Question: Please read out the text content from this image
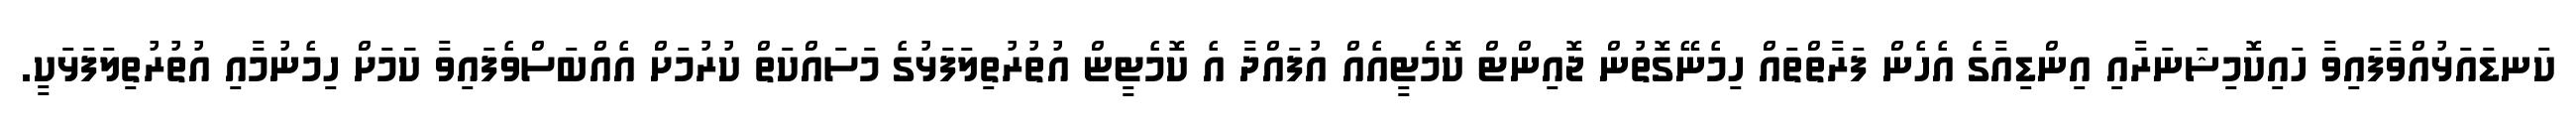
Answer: ކަނޑައަޅުއްވާފައިވާ ހައިކޮމިޝަނަރާއި އިންޑިއާގެ އެހެން ފަރާތްތައް ހިމެނޭގޮތުން ޖޮއިންޓް ކޮމެޓީއެއް އުފައްދާ އެ ކޮމެޓީޏް އުތުރުތިލަފަޅުގެ މަސައްކަތް ކުރުމަށް އެއްބަސްވެފައިވާ ކަަމަށް ހިމެނުމާއި އުތުރުތިލަފަޅަކީ.